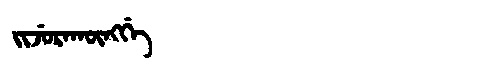
Manchu: ᠵᡳᠵᡠᡵᠠᡴᡡᠩᡤᡝ
Romanization: JIJURAKŪNGGE